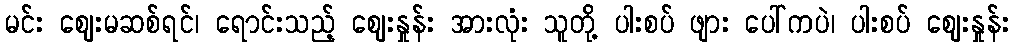
မင်း ဈေးမဆစ်ရင်၊ ရောင်းသည့် ဈေးနှုန်း အားလုံး သူတို့ ပါးစပ် ဖျား ပေါ်ကပဲ၊ ပါးစပ် ဈေးနှုန်း